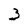
Character: 3